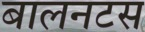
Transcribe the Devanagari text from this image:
बालनटस